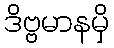
ဒိဗ္ဗမာနမှိ